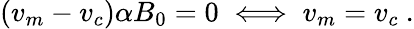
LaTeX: (v_{m}-v_{c})\alpha B_{0}=0\iff v_{m}=v_{c}\ .